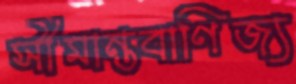
সীমান্তবাণিজ্য